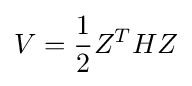
V={1 \over 2}Z^{T}HZ